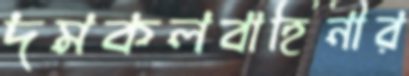
দমকলবাহিনীর